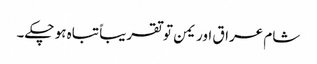
شام عراق اور یمن تو تقریباً تباہ ہو چکے۔